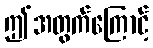
ဤအတွက်ကြောင့်